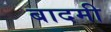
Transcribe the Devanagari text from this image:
बादमी